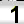
Digit: 1